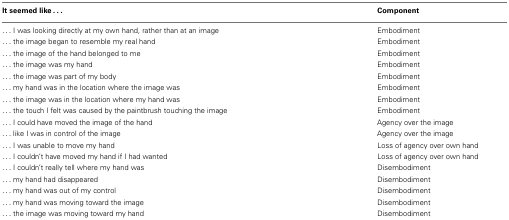
<table><thead><tr><td><b>It seemed like ...</b></td><td><b>Component</b></td></tr></thead><tbody><tr><td>... I was looking directly at my own hand, rather than at an image</td><td>Embodiment</td></tr><tr><td>... the image began to resemble my real hand</td><td>Embodiment</td></tr><tr><td>... the image of the hand belonged to me</td><td>Embodiment</td></tr><tr><td>... the image was my hand</td><td>Embodiment</td></tr><tr><td>... the image was part of my body</td><td>Embodiment</td></tr><tr><td>... my hand was in the location where the image was</td><td>Embodiment</td></tr><tr><td>... the image was in the location where my hand was</td><td>Embodiment</td></tr><tr><td>... the touch I felt was caused by the paintbrush touching the image</td><td>Embodiment</td></tr><tr><td>... I could have moved the image of the hand</td><td>Agency over the image</td></tr><tr><td>... like I was in control of the image</td><td>Agency over the image</td></tr><tr><td>... I was unable to move my hand</td><td>Loss of agency over own hand</td></tr><tr><td>... I couldn’t have moved my hand if I had wanted</td><td>Loss of agency over own hand</td></tr><tr><td>... I couldn’t really tell where my hand was</td><td>Disembodiment</td></tr><tr><td>... my hand had disappeared</td><td>Disembodiment</td></tr><tr><td>... my hand was out of my control</td><td>Disembodiment</td></tr><tr><td>... my hand was moving toward the image</td><td>Disembodiment</td></tr><tr><td>... the image was moving toward my hand</td><td>Disembodiment</td></tr></tbody></table>